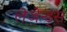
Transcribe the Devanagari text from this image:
लेजेन्ड्स